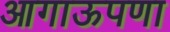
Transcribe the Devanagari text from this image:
आगाऊपणा